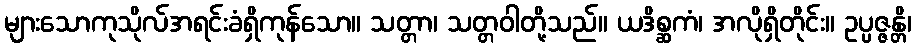
များသောကုသိုလ်အရင်းခံရှိကုန်သော။ သတ္တာ၊ သတ္တဝါတို့သည်။ ယဒိစ္ဆကံ၊ အလိုရှိတိုင်း။ ဥပ္ပဇ္ဇန္တိ၊